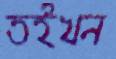
তইখন